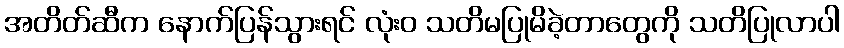
အတိတ်ဆီက နောက်ပြန်သွားရင် လုံးဝ သတိမပြုမိခဲ့တာတွေကို သတိပြုလာပါ